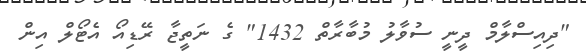
"ދިއިސްލާމް ދީނީ ސުވާލު މުބާރާތް 1432" ގެ ނަތީޖާ ރޭޑިއޯ އެޓޯލް އިން